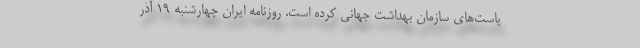
یاست‌های سازمان بهداشت جهانی کرده است. روزنامه ایران چهارشنبه ۱۹ آذر